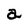
Character: a